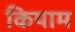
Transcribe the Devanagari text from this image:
कियाम